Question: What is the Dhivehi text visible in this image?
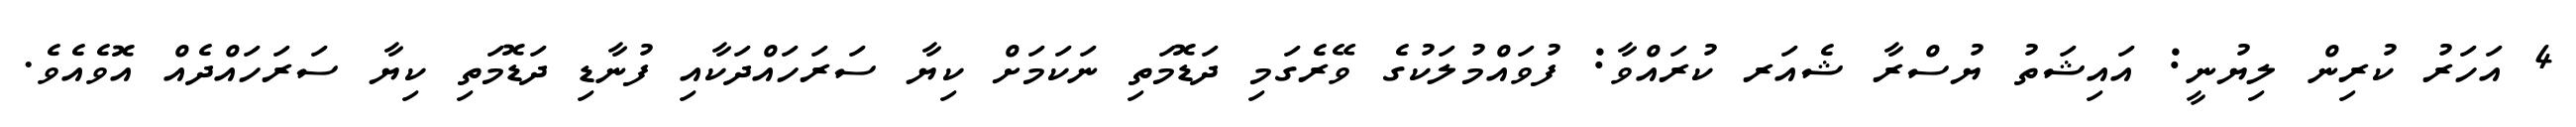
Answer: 4 އަހަރު ކުރިން ލިޔުނީ: އައިޝަތު ޔުސްރާ ޝެއަރ ކުރައްވާ: ފުވައްމުލަކުގެ ވޭރެގަމި ދަޑޮމަތި ނަކަމަށް ކިޔާ ސަރަހައްދަކާއި ފުނާޑި ދަޑޮމަތި ކިޔާ ސަރަހައްދެއް އޮވެއެވެ.